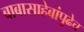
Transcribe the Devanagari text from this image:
बाबासाहेबांपुढेच